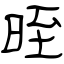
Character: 晊